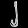
Digit: ၂